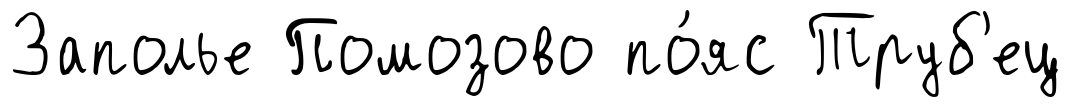
Заполье Помозово по́яс Труб'ец